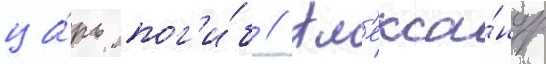
ца́рь пог'и́б // Ал'екса́ндр